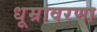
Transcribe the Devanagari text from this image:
धूम्रावरणा